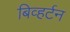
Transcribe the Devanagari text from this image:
बिव्हर्टन